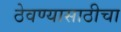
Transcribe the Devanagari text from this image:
ठेवण्यासाठीचा